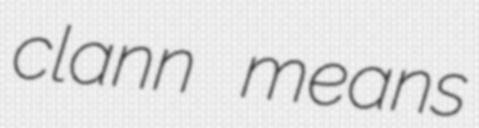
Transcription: clann means